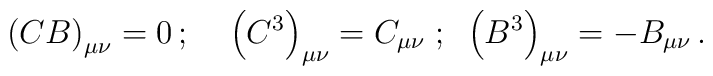
\left( C B \right)_{\mu \nu}=0 \, ;\;\;\;\;\left( C^{3} \right)_{\mu \nu}=C_{\mu \nu} \;;\;\;  \left( B^{3} \right)_{\mu \nu}=-B_{\mu \nu} \,.